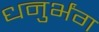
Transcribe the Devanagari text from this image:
धनुर्भंग